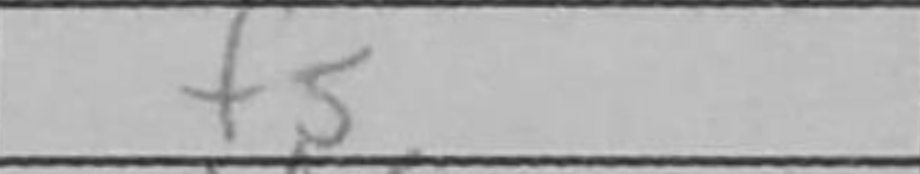
Transcription: f5